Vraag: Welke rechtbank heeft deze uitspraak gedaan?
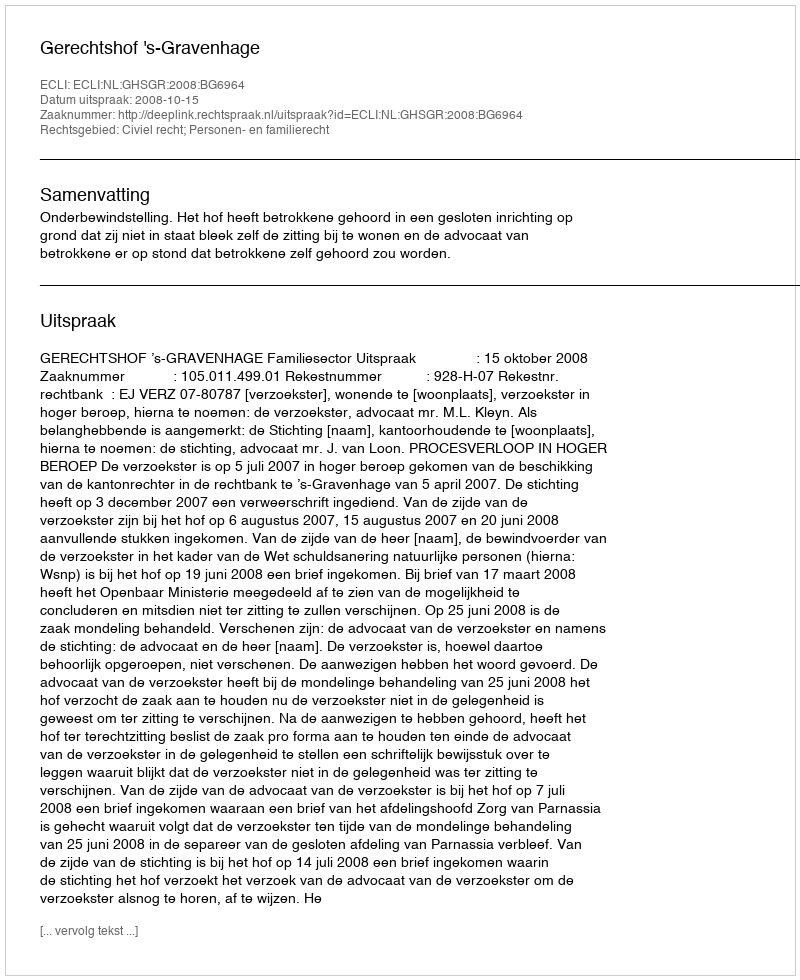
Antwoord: Gerechtshof 's-Gravenhage